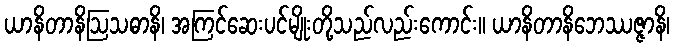
ယာနိတာနိဩသဓာနိ၊ အကြင်ဆေးပင်မျိုးတို့သည်လည်းကောင်း။ ယာနိတာနိဘေဿဇ္ဇာနိ၊